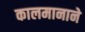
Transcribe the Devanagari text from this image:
कालमानाने